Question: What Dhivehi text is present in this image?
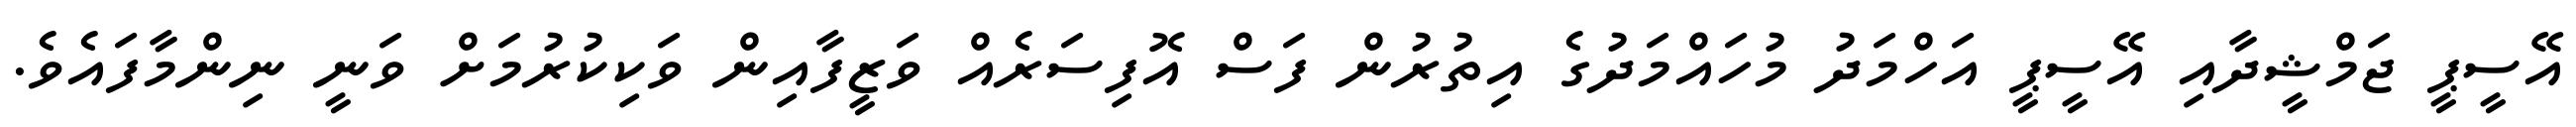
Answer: އޭސީޕީ ޖަމްޝީދާއި އޭސީޕީ އަހްމަދު މުހައްމަދުގެ އިތުރުން ފަސް އޮފިސަރެއް ވަޒީފާއިން ވަކިކުރުމަށް ވަނީ ނިންމާފައެވެ.